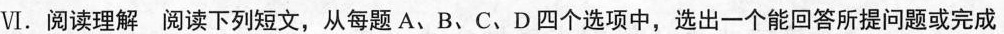
Ⅵ.阅读理解 阅读下列短文,从每题 A、B、C、D 四个选项中,选出一个能回答所提问题或完成